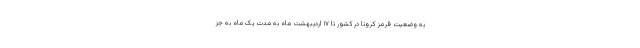
به وضعیت قرمز کرونا در کشور تا ۱۷ اردیبهشت ماه به مدت یک ماه به جز